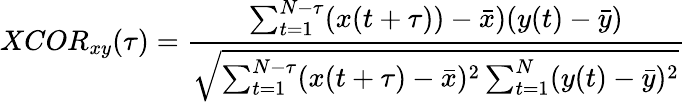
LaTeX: XCOR_{xy}(\tau)=\frac{\sum_{t=1}^{N-\tau}(x(t+\tau))-\bar{x})(y(t)-\bar{y})}{\sqrt{\sum_{t=1}^{N-\tau}(x(t+\tau)-\bar{x})^{2}\sum_{t=1}^{N}(y(t)-\bar{y})^{2}}}